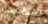
بسحب